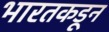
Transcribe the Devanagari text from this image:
भारतकडून